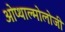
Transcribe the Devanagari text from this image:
ओप्थाल्मोलोजी